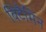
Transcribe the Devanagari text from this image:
बिटैमिन